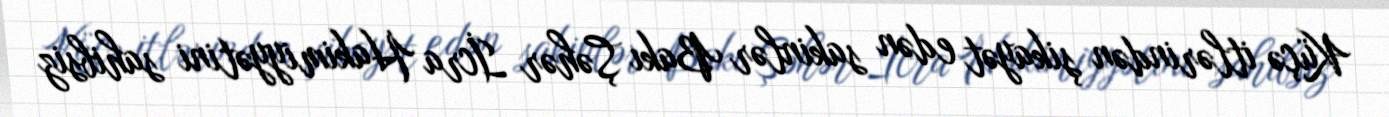
Küçə itlərindən şikayət edən sakinlər Bakı Şəhər İcra Hakimiyyətini sahibsiz